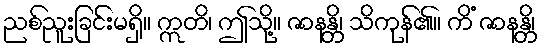
ညစ်ညူးခြင်းမရှိ။ ဣတိ၊ ဤသို့။ ဇာနန္တိ၊ သိကုန်၏။ ကိံ ဇာနန္တိ၊